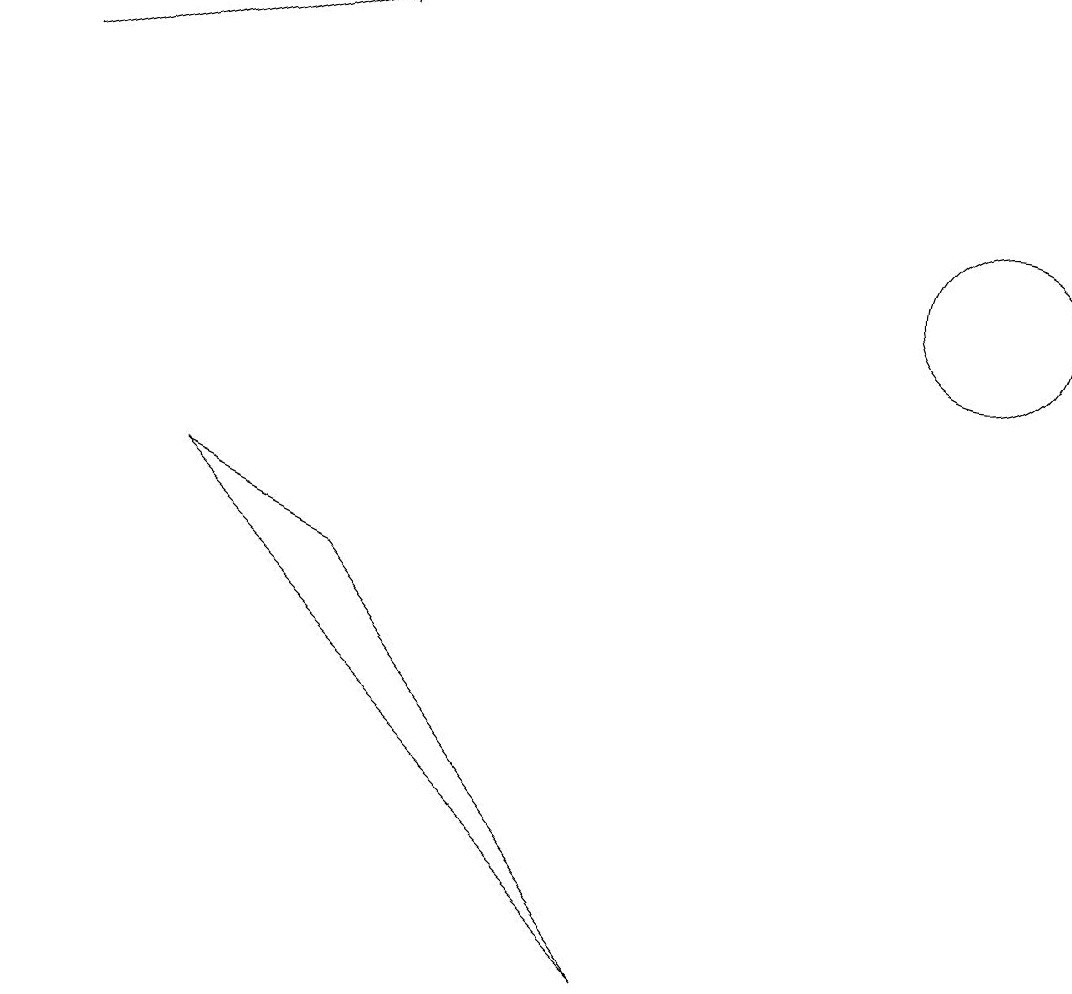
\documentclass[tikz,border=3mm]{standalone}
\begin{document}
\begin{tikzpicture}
\draw (4,8) -- (8,3) -- (2,9) -- cycle;
\draw[->] (0,14) -- (4,15);
\draw (12,12) circle (1);
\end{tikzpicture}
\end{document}